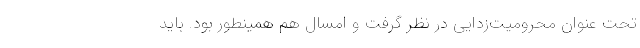
تحت عنوان محرومیت‌زدایی در نظر گرفت و امسال هم همینطور بود. باید